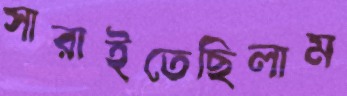
সারাইতেছিলাম